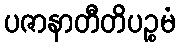
ပဇာနာတီတိပဉ္စမံ